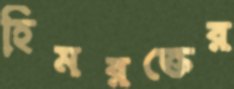
হিমরক্তের